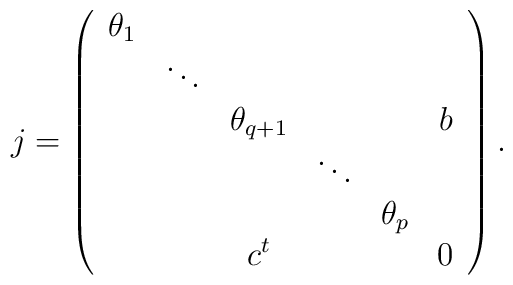
j=\left(\begin{array}{cccccc} \theta_1 &&&&&\\&\ddots&&&&\\ &&\theta_{q+1}&&& b\\ &&&\ddots &&\\&&&&\theta_p &\\&&c^t&&&0\end{array}\right).